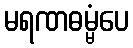
မရဏဓမ္မံပေ